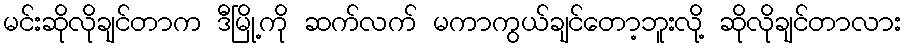
မင်းဆိုလိုချင်တာက ဒီမြို့ကို ဆက်လက် မကာကွယ်ချင်တော့ဘူးလို့ ဆိုလိုချင်တာလား